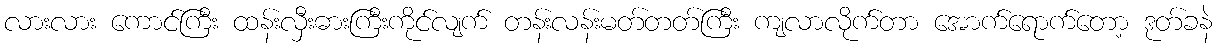
လားလား ကောင်ကြီး ထန်းလှီးဓားကြီးကိုင်လျက် တန်းလန်းမတ်တတ်ကြီး ကျလာလိုက်တာ အောက်ရောက်တော့ ဒုတ်ခနဲ